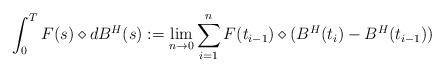
LaTeX: \begin{align*}\int_0^T F(s) \diamond d B^{H}(s):= \lim_{n \rightarrow 0} \sum_{i=1}^{n} F(t_{i-1}) \diamond (B^{H}(t_{i})-B^{H}(t_{i-1}))\end{align*}